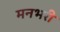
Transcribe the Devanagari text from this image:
मनभरी